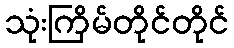
သုံးကြိမ်တိုင်တိုင်